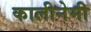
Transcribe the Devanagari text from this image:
कालीनेमी